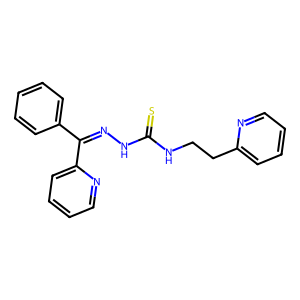
SMILES: S=C(NCCc1ccccn1)NN=C(c1ccccc1)c1ccccn1
Inhibits HIV replication: No